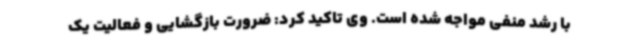
با رشد منفی مواجه شده است. وی تاکید کرد: ضرورت بازگشایی و فعالیت یک